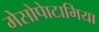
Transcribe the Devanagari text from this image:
मेसोपेाटामिया